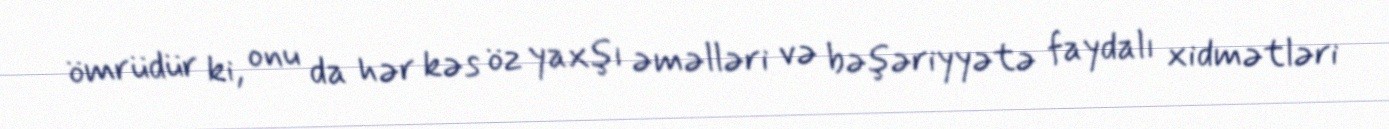
ömrüdür ki, onu da hər kəs öz yaxşı əməlləri və bəşəriyyətə faydalı xidmətləri